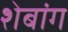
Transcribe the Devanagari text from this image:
शेबांग